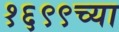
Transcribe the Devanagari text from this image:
१६९९च्या